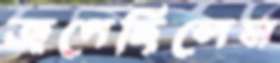
জপেছিলেম